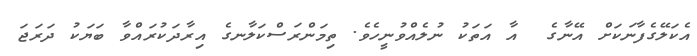
އެކަލޭގެފާނަކަށް އޭނާގެ  އާ އަތަކު ނުލެއްވުނީހެވެ. ތިމަންރަސްކަލާނގެ އިރާދަކުރައްވާ ބަޔަކު ދަރަޖަ